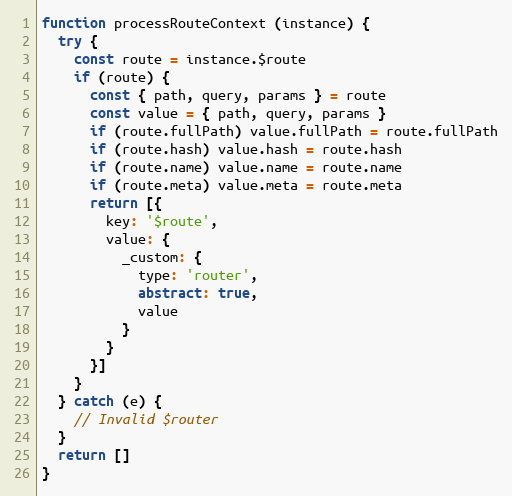
Language: JavaScript
function processRouteContext (instance) {
  try {
    const route = instance.$route
    if (route) {
      const { path, query, params } = route
      const value = { path, query, params }
      if (route.fullPath) value.fullPath = route.fullPath
      if (route.hash) value.hash = route.hash
      if (route.name) value.name = route.name
      if (route.meta) value.meta = route.meta
      return [{
        key: '$route',
        value: {
          _custom: {
            type: 'router',
            abstract: true,
            value
          }
        }
      }]
    }
  } catch (e) {
    // Invalid $router
  }
  return []
}